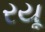
રયૂ